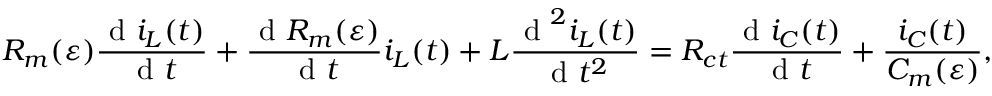
R _ { m } ( \varepsilon ) \frac { \textrm { d } i _ { L } ( t ) } { \textrm { d } t } + \frac { \textrm { d } R _ { m } ( \varepsilon ) } { \textrm { d } t } i _ { L } ( t ) + L \frac { \textrm { d } ^ { 2 } i _ { L } ( t ) } { \textrm { d } t ^ { 2 } } = R _ { c t } \frac { \textrm { d } i _ { C } ( t ) } { \textrm { d } t } + \frac { i _ { C } ( t ) } { C _ { m } ( \varepsilon ) } ,